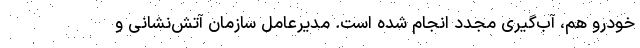
خودرو هم، آب‌گیری مجدد انجام شده است. مدیرعامل سازمان آتش‌نشانی و